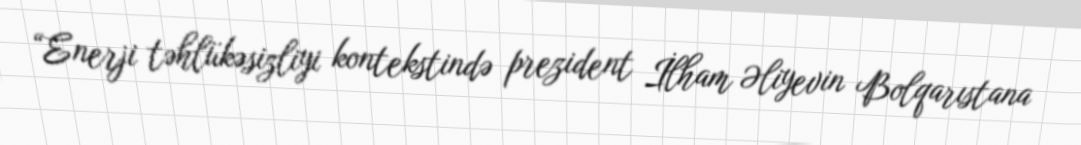
“Enerji təhlükəsizliyi kontekstində prezident İlham Əliyevin Bolqarıstana